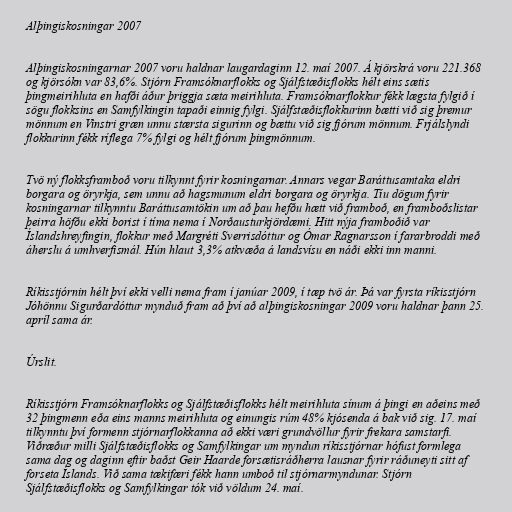
Alþingiskosningar 2007

Alþingiskosningarnar 2007 voru haldnar laugardaginn 12. maí 2007. Á kjörskrá voru 221.368
og kjörsókn var 83,6%. Stjórn Framsóknarflokks og Sjálfstæðisflokks hélt eins sætis
þingmeirihluta en hafði áður þriggja sæta meirihluta. Framsóknarflokkur fékk lægsta fylgið í
sögu flokksins en Samfylkingin tapaði einnig fylgi. Sjálfstæðisflokkurinn bætti við sig þremur
mönnum en Vinstri græn unnu stærsta sigurinn og bættu við sig fjórum mönnum. Frjálslyndi
flokkurinn fékk ríflega 7% fylgi og hélt fjórum þingmönnum.

Tvö ný flokksframboð voru tilkynnt fyrir kosningarnar. Annars vegar Baráttusamtaka eldri
borgara og öryrkja, sem unnu að hagsmunum eldri borgara og öryrkja. Tíu dögum fyrir
kosningarnar tilkynntu Baráttusamtökin um að þau hefðu hætt við framboð, en framboðslistar
þeirra höfðu ekki borist í tíma nema í Norðausturkjördæmi. Hitt nýja framboðið var
Íslandshreyfingin, flokkur með Margréti Sverrisdóttur og Ómar Ragnarsson í fararbroddi með
áherslu á umhverfismál. Hún hlaut 3,3% atkvæða á landsvísu en náði ekki inn manni.

Ríkisstjórnin hélt því ekki velli nema fram í janúar 2009, í tæp tvö ár. Þá var fyrsta ríkisstjórn
Jóhönnu Sigurðardóttur mynduð fram að því að alþingiskosningar 2009 voru haldnar þann 25.
apríl sama ár.

Úrslit.

Ríkisstjórn Framsóknarflokks og Sjálfstæðisflokks hélt meirihluta sínum á þingi en aðeins með
32 þingmenn eða eins manns meirihluta og einungis rúm 48% kjósenda á bak við sig. 17. maí
tilkynntu því formenn stjórnarflokkanna að ekki væri grundvöllur fyrir frekara samstarfi.
Viðræður milli Sjálfstæðisflokks og Samfylkingar um myndun ríkisstjórnar hófust formlega
sama dag og daginn eftir baðst Geir Haarde forsætisráðherra lausnar fyrir ráðuneyti sitt af
forseta Íslands. Við sama tækifæri fékk hann umboð til stjórnarmyndunar. Stjórn
Sjálfstæðisflokks og Samfylkingar tók við völdum 24. maí.